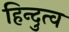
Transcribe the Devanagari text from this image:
हिन्‍दुत्‍व